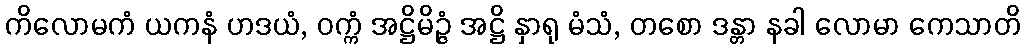
ကိလောမကံ ယကနံ ဟဒယံ, ဝက္ကံ အဋ္ဌိမိဉ္ဇံ အဋ္ဌိ နှာရု မံသံ, တစော ဒန္တာ နခါ လောမာ ကေသာတိ